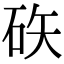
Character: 䂠